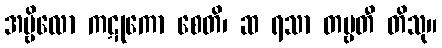
အမ္ဗိလော ကဋုကော စေတိ၊ ဆ ရသာ တဗ္ဗတီ တိသု။